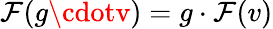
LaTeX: \mathcal{F}(g\cdotv)=g\cdot\mathcal{F}(v)